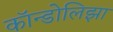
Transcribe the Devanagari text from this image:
कॉन्डोलिझा